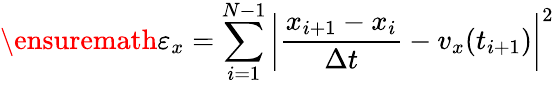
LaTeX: \ensuremath{\varepsilon}_{x}=\sum_{i=1}^{N-1}\left|\frac{x_{i+1}-x_{i}}{\Delta t}-v_{x}(t_{i+1})\right|^{2}